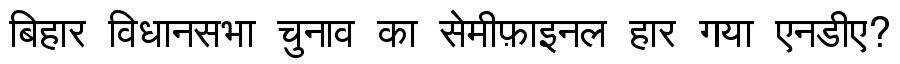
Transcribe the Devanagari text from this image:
बिहार विधानसभा चुनाव का सेमीफ़ाइनल हार गया एनडीए?